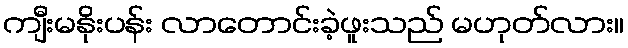
ကျီးမနိုးပန်း လာတောင်းခဲ့ဖူးသည် မဟုတ်လား။